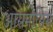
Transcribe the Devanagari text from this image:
आसमोसिस